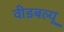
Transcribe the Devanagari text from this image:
वीडबल्यू